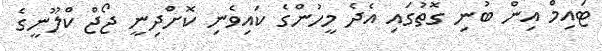
ޓައިމް އިން ބުނި ގޮތުގައި އެދެ މީހުންގެ ކައިވެނި ކޮށްދިނީ ޖޯޖް ކްލޫނީގެ